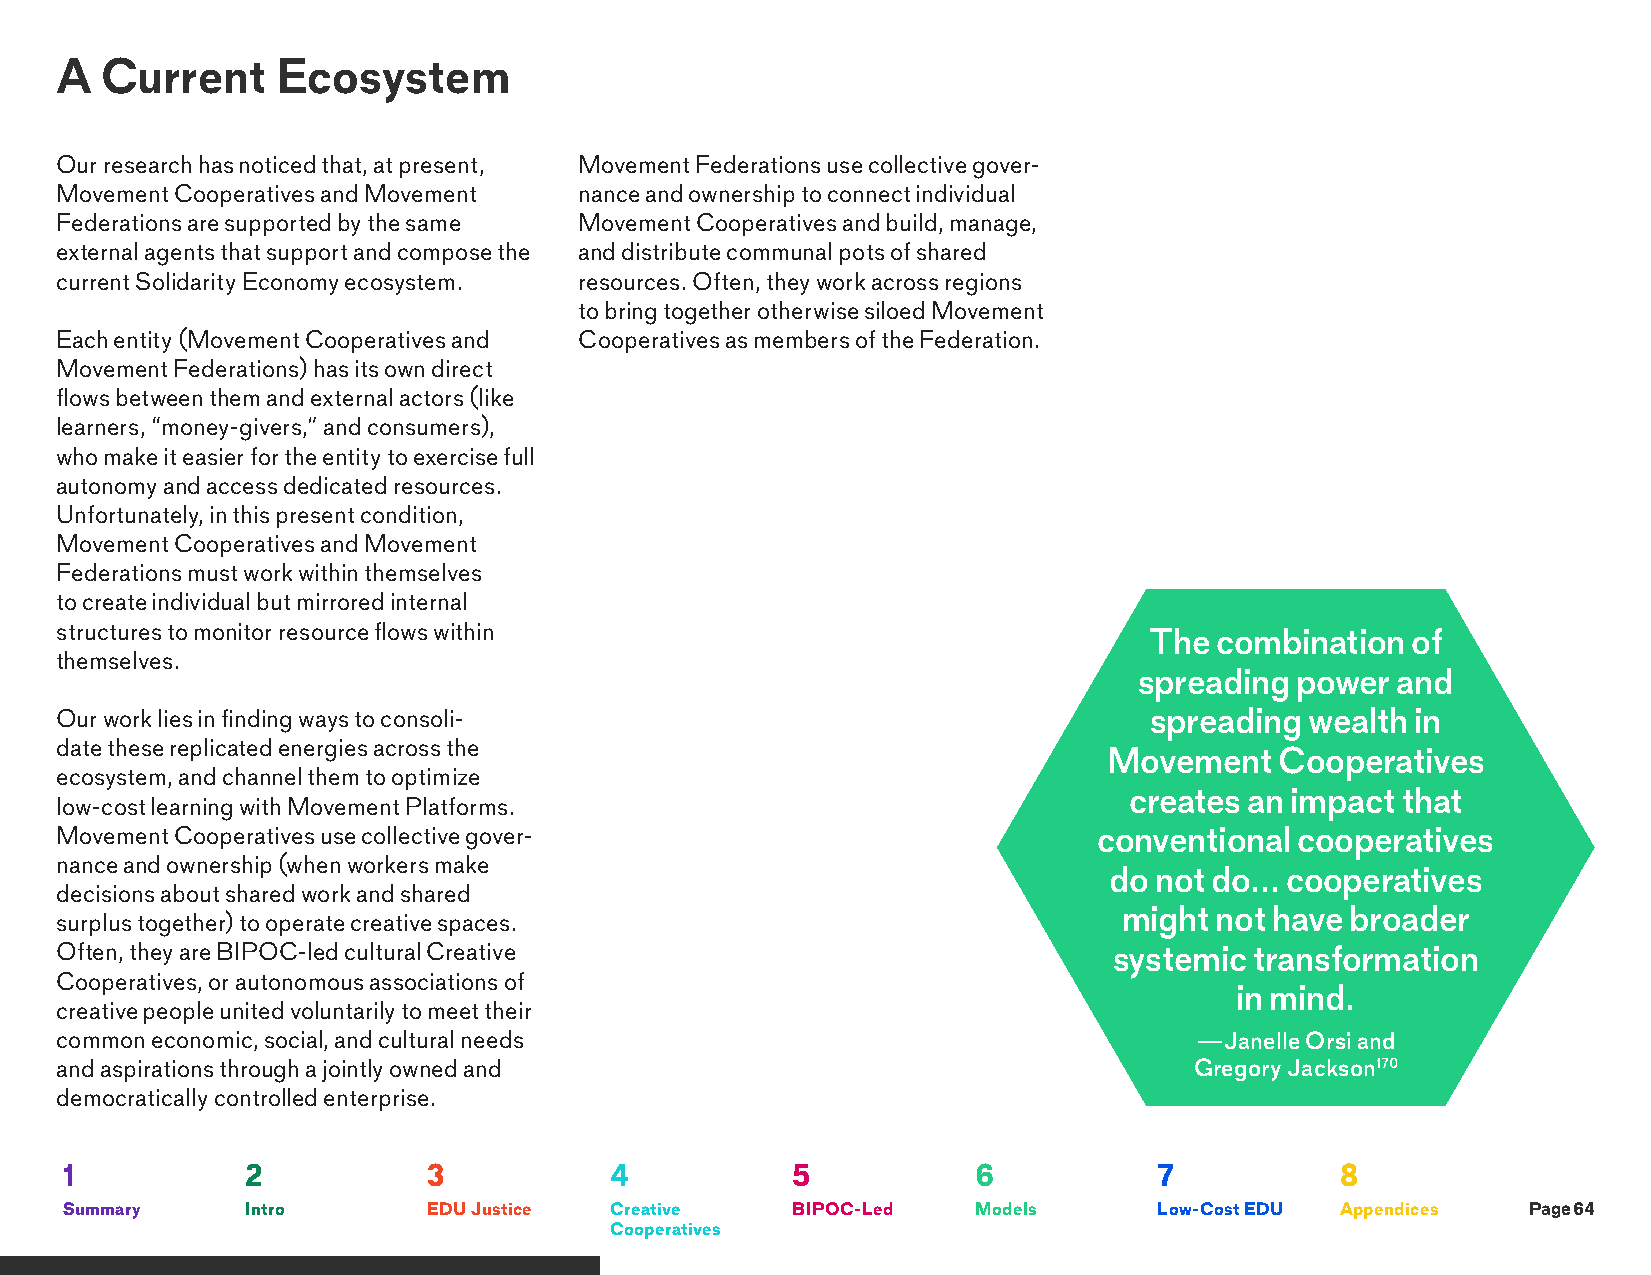
A  Current    Ecosystem
 Our research has noticed that, at present, Movement Federations use collective gover-
 Movement Cooperatives and Movement nance and ownership to connect individual
 Federations are supported by the same Movement Cooperatives and build, manage,
 external agents that support and compose the and distribute communal pots of shared
 current Solidarity Economy ecosystem. resources. Often, they work across regions
 to bring together otherwise siloed Movement
 Each entity (Movement Cooperatives and Cooperatives as members of the Federation.
 Movement Federations) has its own direct
 flows between them and external actors (like
 learners, “money-givers,” and consumers),
 who make it easier for the entity to exercise full
 autonomy and access dedicated resources.
 Unfortunately, in this present condition,
 Movement Cooperatives and Movement
 Federations must work within themselves
 to create individual but mirrored internal
 structures to monitor resource flows within
 The combination  of
 themselves.
 spreading  power and
 Our work lies in finding ways to consoli-                               spreading  wealth in
 date these replicated energies across the
 Movement    Cooperatives
 ecosystem, and channel them to optimize
 creates an impact that
 low-cost learning with Movement Platforms.
 Movement Cooperatives use collective gover-                          conventional cooperatives
 nance and ownership (when workers make
 do not do... cooperatives
 decisions about shared work and shared
 might not have broader
 surplus together) to operate creative spaces.
 Often, they are BIPOC-led cultural Creative                           systemic transformation
 Cooperatives, or autonomous associations of
 in mind.
 creative people united voluntarily to meet their
 common economic, social, and cultural needs                                —Janelle Orsi and
 and aspirations through a jointly owned and                                Gregory Jackson170
 democratically controlled enterprise.
 1           2           3           4           5            6           7           8
 Summary     Intro       EDU Justice Creative    BIPOC-Led    Models      Low-Cost EDU Appendices Page 64
 Cooperatives